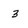
Character: 3